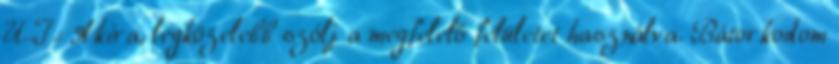
U.I.: Akira, legközelebb szólj a megfelelő felületet használva. Bátorkodom